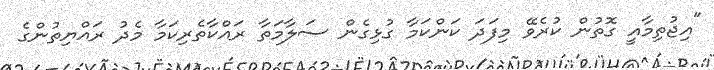
"އިޖުތިމާއީ ގޮތުން ކުރެވޭ މިފަދަ ކަންކަމާ ގުޅިގެން ސަލާމަތާ ރައްކާތެރިކަމާ މެދު ރައްޔިތުންގެ